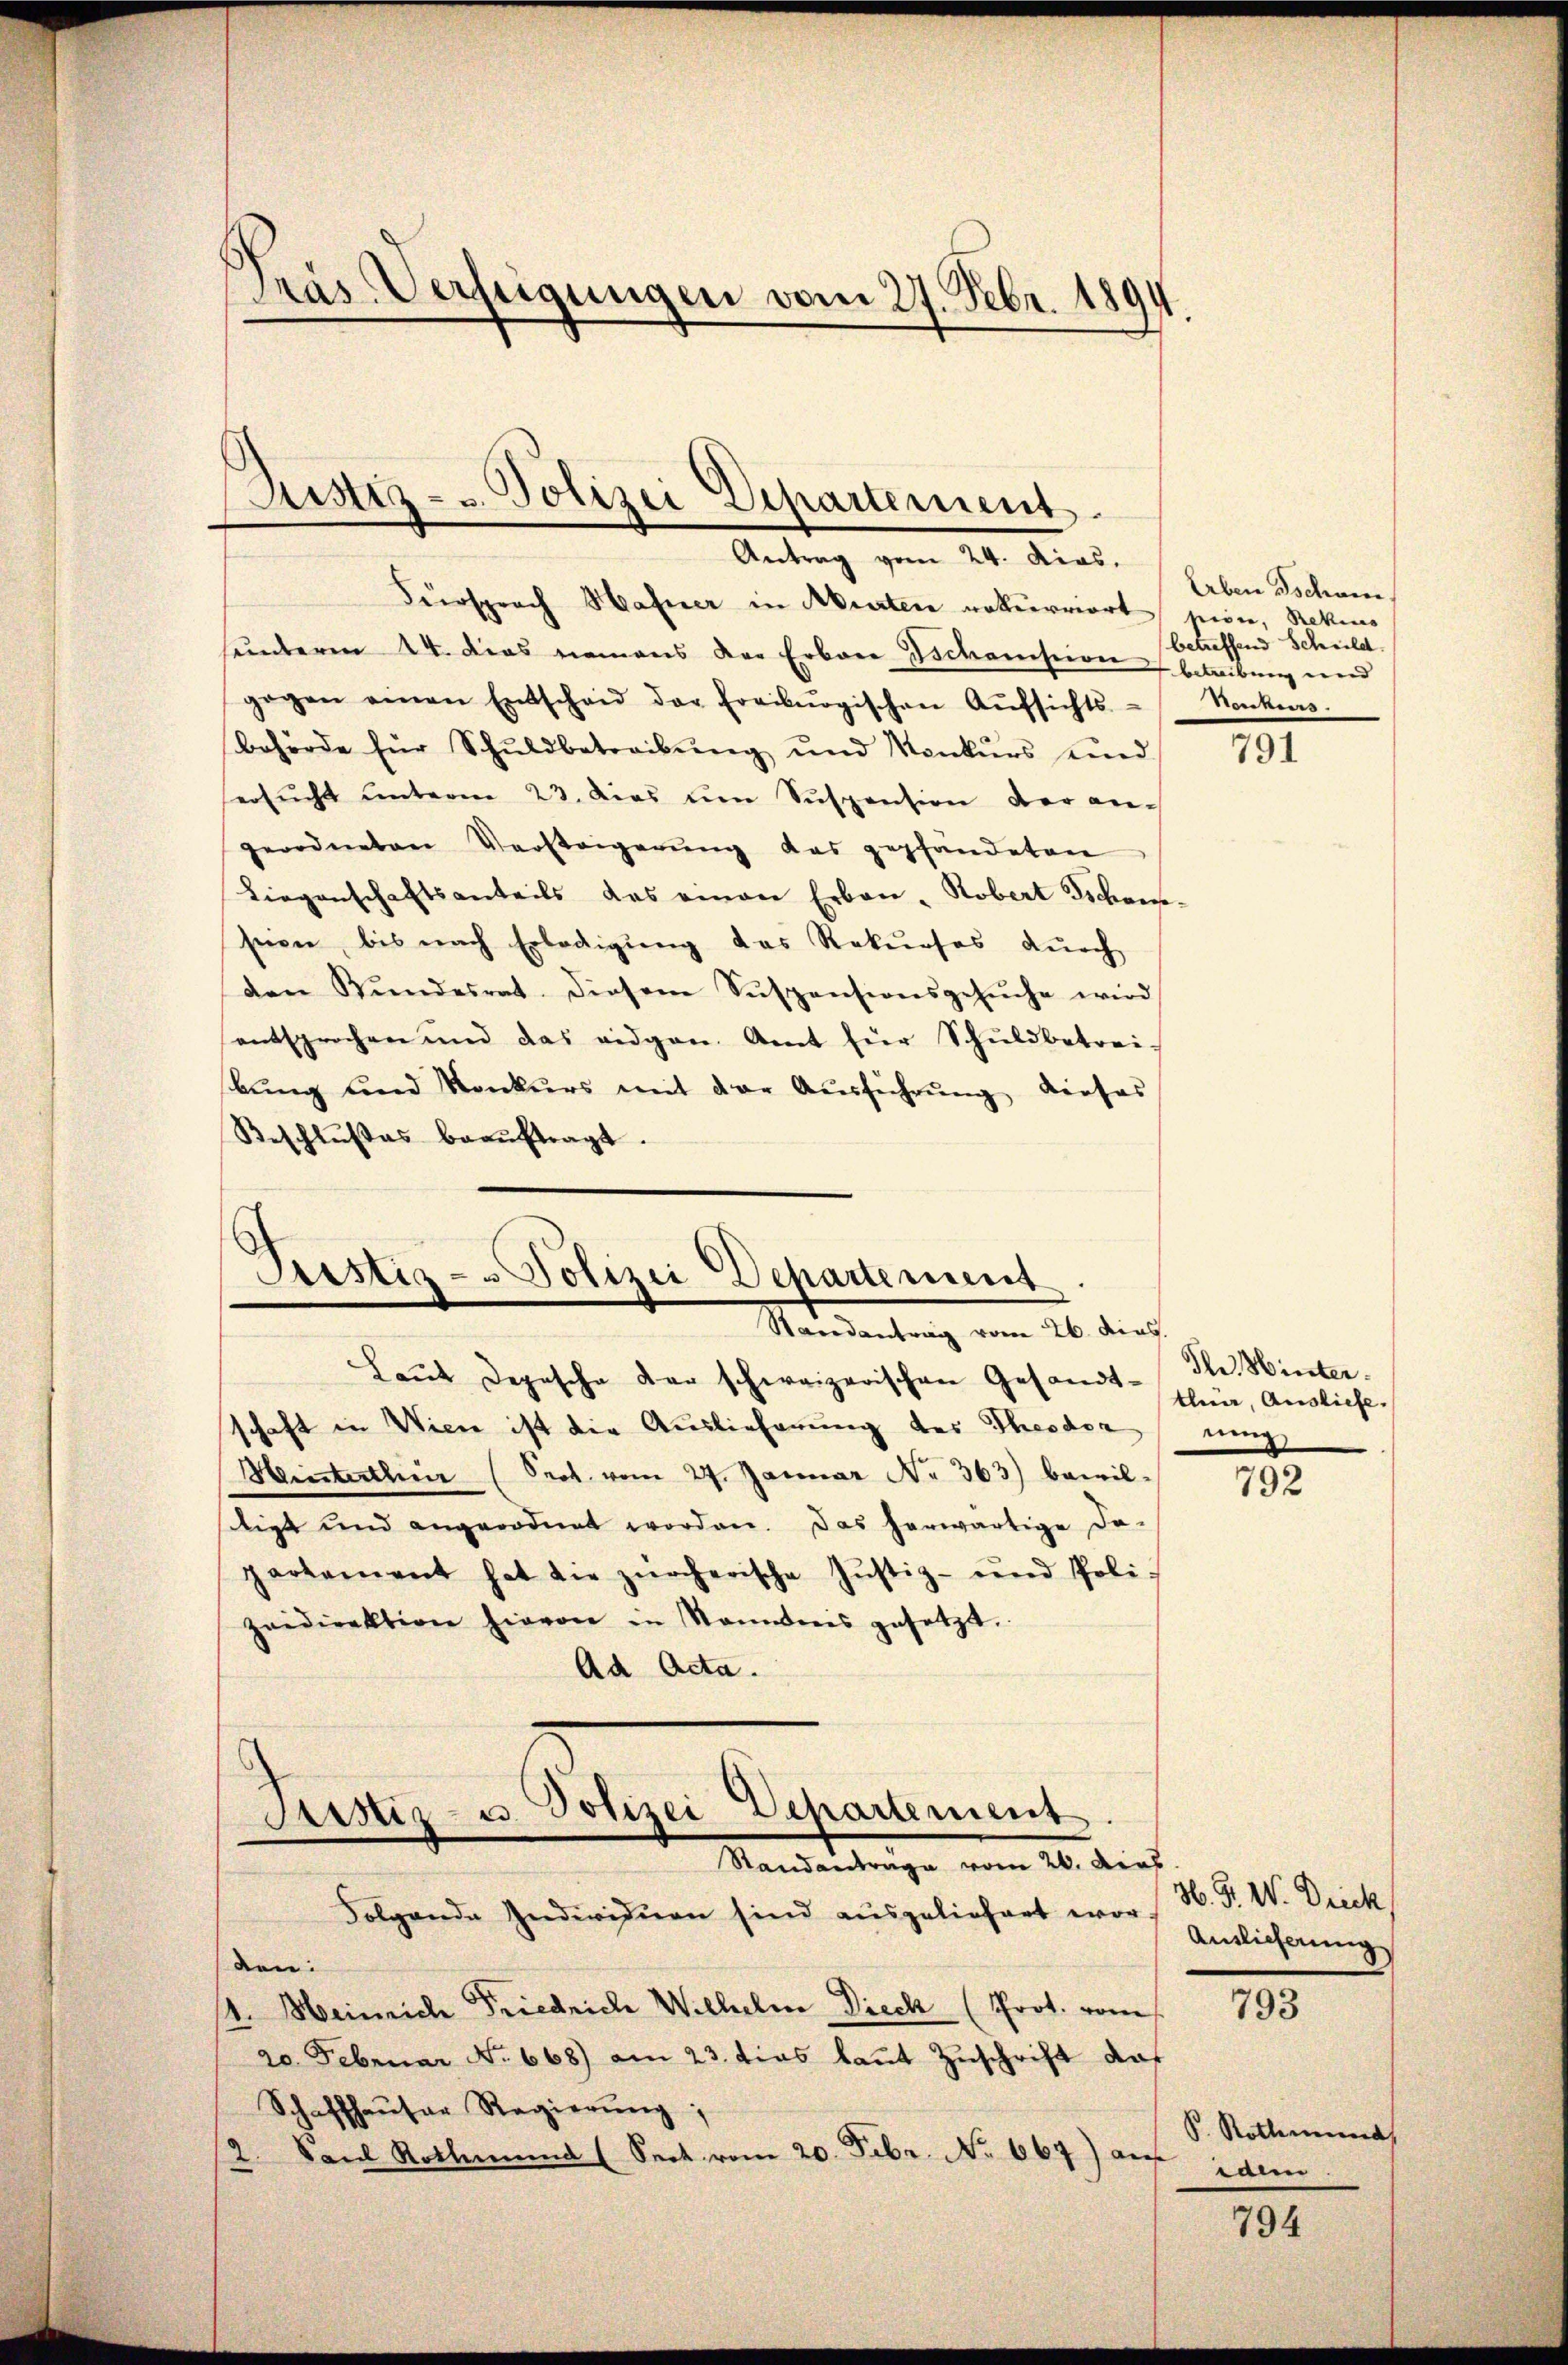
Gras Verfügungen vom 27. Febr. 1894.

Justiz- u. Polizei Departement.
Antrag vom 24. dias.

Fürsprach Hafner in Murten rekurriert pion, Rekurs
unterm 24. das niemans der Erbare Ischanisiren betreibung wird
gegen einen Entscheid der Freiburgischen Aŭfsichts- Konkurs.
behörde für Schŭldbetreibŭng und Konkŭrs und
ersŭcht unterm 23. dies um Suspension der angeordneten Vorsteigerŭng das gepfandeten
Liegenschaftsanteils das einen Erbau-Robert Schanseien, bis nach Erledigung das Rekurses durch
den Bŭndesrat. Diesem Suspensionsgesŭche wird
entsprochen und das eidgen. Amt für Schŭldbetrei-
bŭng und Konkŭrs mit der Aŭsführŭng dieses
Beschlŭβes beaŭftragt.

Pristig - Polizei Departement
Staredantrag vom 26. dies

Laut Depesche der schweizerischen Gesandt-
schaft in Wiese ist die Auslieferung des Theodor eing
Hinterthur (Prot. vom 27. Januar Nr. 363) bewil-
ligt und angeordnet worden. Das herwärtige da-
partement hat die zürcherische Justiz- und Poli-
zeidirektion hievon in Sonntnis gesetzt.
Ad Acta.

Gerstiz- u. Polizei Departement
Standantrage vom 20. dies
Folgende Indivision sind ausgeliefert wor

den:
1. Heinrich Friedrich Wilhelm Dieck (Prot. vom
20 Februar No 668) am 23. tias laut Zuschrift das
Schaffhaŭser Regierŭng,
Danl Rothmünd (Sect vom 20. Febr. No 667) auf
2

Erben Tschan
betreffend Schuld.

791

dle. Winter.
tlen, Ausliefe.

792

36. F. W. Drick,
Anslicherung

793

S. Rothemand,
idem

794